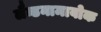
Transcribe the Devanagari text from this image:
लैन्डनामाबोक